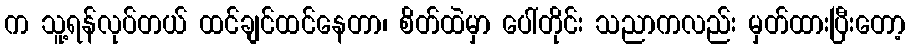
က သူ့ရန်လုပ်တယ် ထင်ချင်ထင်နေတာ၊ စိတ်ထဲမှာ ပေါ်တိုင်း သညာကလည်း မှတ်ထားပြီးတော့